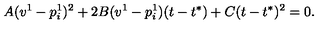
A ( v ^ { 1 } - p _ { i } ^ { 1 } ) ^ { 2 } + 2 B ( v ^ { 1 } - p _ { i } ^ { 1 } ) ( t - t ^ { * } ) + C ( t - t ^ { * } ) ^ { 2 } = 0 .